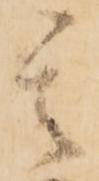
其